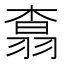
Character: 𮋆